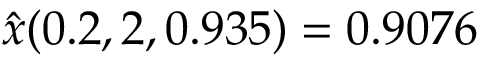
\hat { x } ( 0 . 2 , 2 , 0 . 9 3 5 ) = 0 . 9 0 7 6